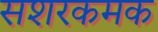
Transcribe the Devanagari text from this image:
सशरकमक